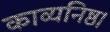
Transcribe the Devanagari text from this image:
काव्यनिष्ठ।